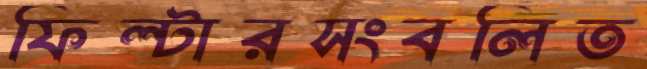
ফিল্টারসংবলিত